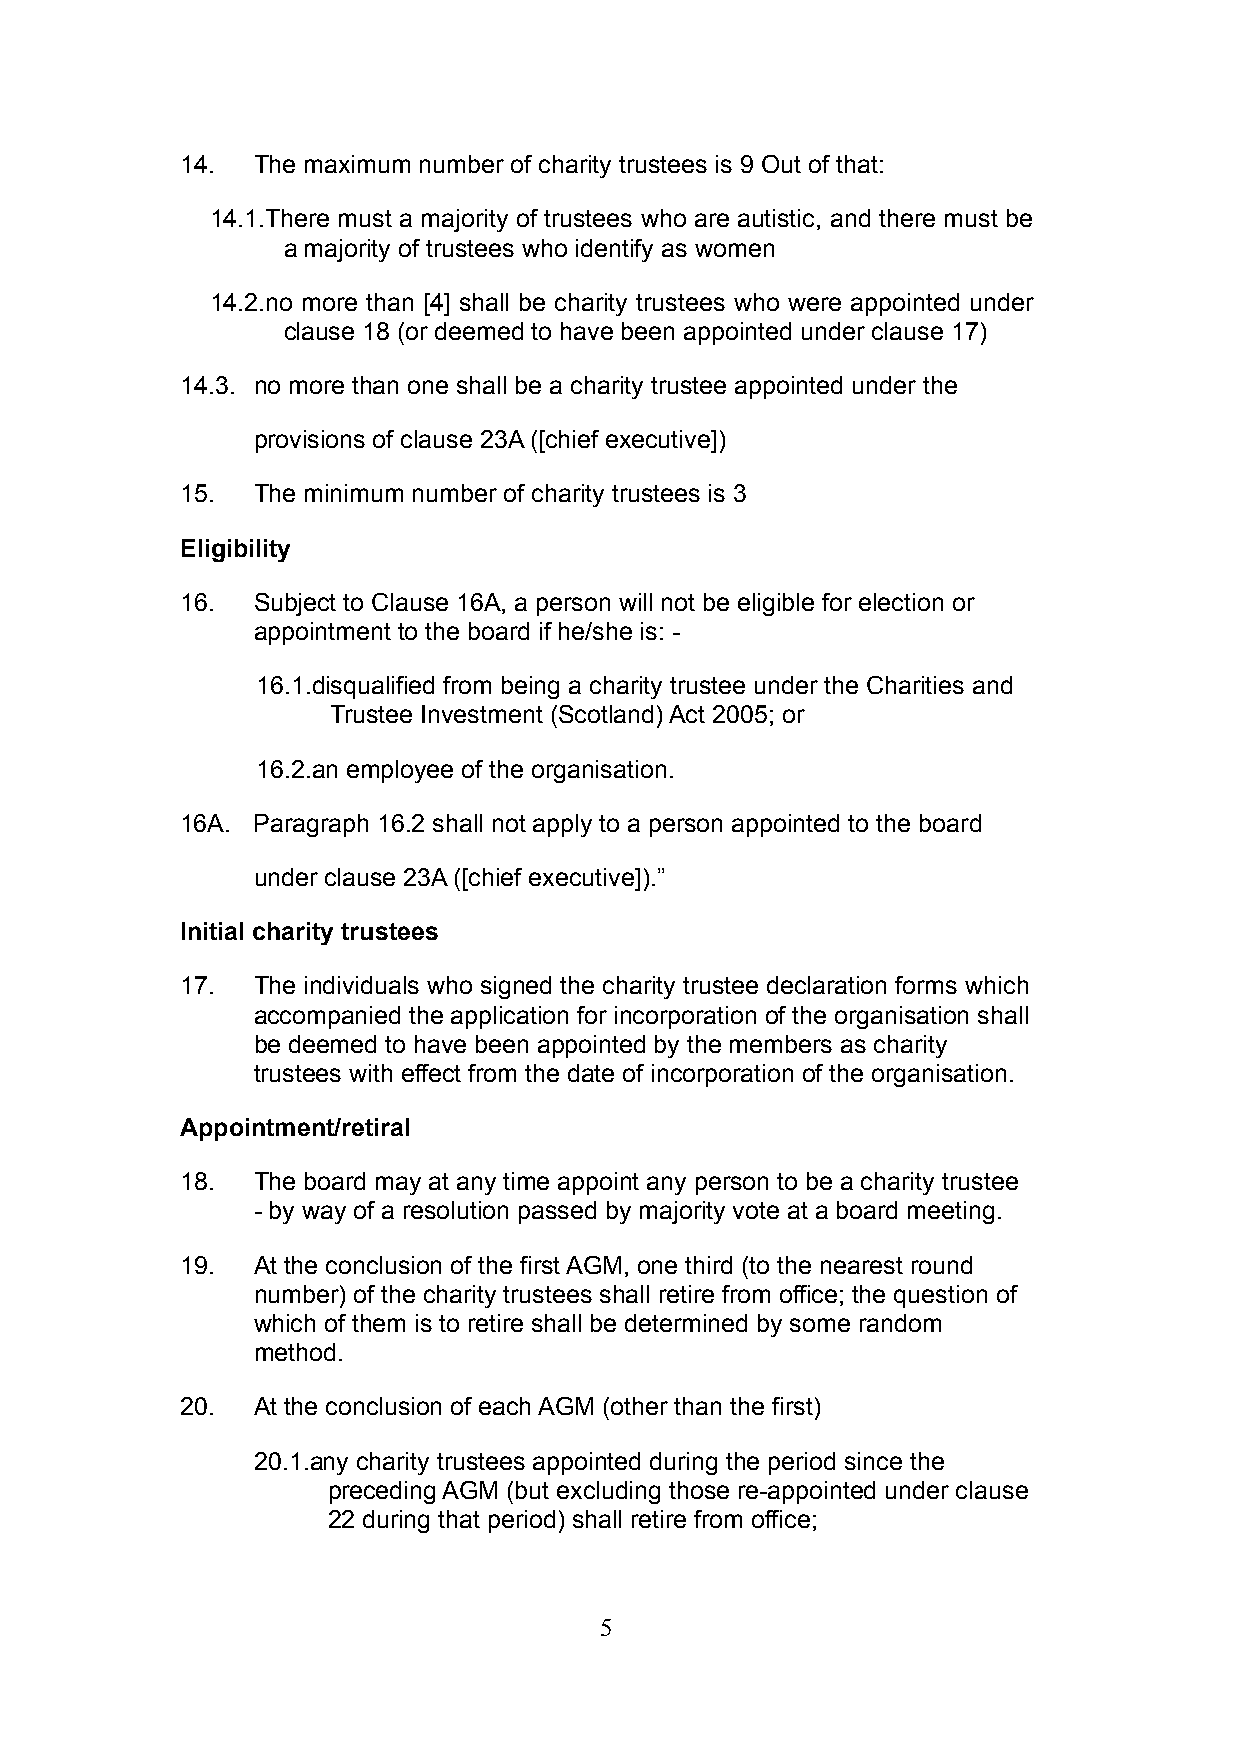
14.  The maximum number of charity trustees is 9 Out of that:
 14.1.There must a majority of trustees who are autistic, and there must be
 a majority of trustees who identify as women
 14.2.no more than [4] shall be charity trustees who were appointed under
 clause 18 (or deemed to have been appointed under clause 17)
 14.3. no more than one shall be a charity trustee appointed under the
 provisions of clause 23A ([chief executive])
 15.  The minimum number of charity trustees is 3
 Eligibility
 16.  Subject to Clause 16A, a person will not be eligible for election or
 appointment to the board if he/she is: -
 16.1.disqualified from being a charity trustee under the Charities and
 Trustee Investment (Scotland) Act 2005; or
 16.2.an employee of the organisation.
 16A. Paragraph 16.2 shall not apply to a person appointed to the board
 under clause 23A ([chief executive]).”
 Initial charity trustees
 17.  The individuals who signed the charity trustee declaration forms which
 accompanied the application for incorporation of the organisation shall
 be deemed to have been appointed by the members as charity
 trustees with effect from the date of incorporation of the organisation.
 Appointment/retiral
 18.  The board may at any time appoint any person to be a charity trustee
 - by way of a resolution passed by majority vote at a board meeting.
 19.  At the conclusion of the first AGM, one third (to the nearest round
 number) of the charity trustees shall retire from office; the question of
 which of them is to retire shall be determined by some random
 method.
 20.  At the conclusion of each AGM (other than the first)
 20.1.any charity trustees appointed during the period since the
 preceding AGM (but excluding those re-appointed under clause
 22 during that period) shall retire from office;
 5